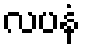
လပနံ